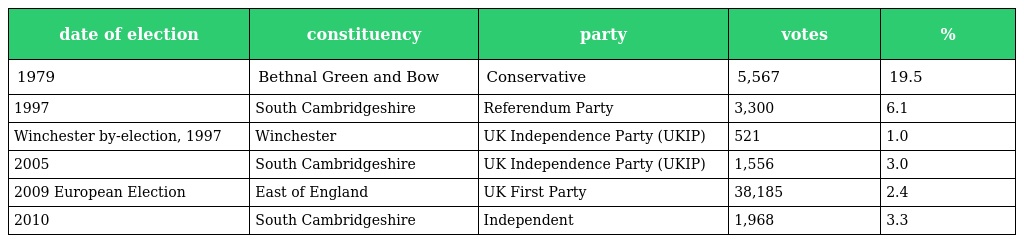
| date of election | constituency | party | votes | % |
 | --- | --- | --- | --- | --- |
 | 1979 | Bethnal Green and Bow | Conservative | 5,567 | 19.5 |
 | 1997 | South Cambridgeshire | Referendum Party | 3,300 | 6.1 |
 | Winchester by-election, 1997 | Winchester | UK Independence Party (UKIP) | 521 | 1.0 |
 | 2005 | South Cambridgeshire | UK Independence Party (UKIP) | 1,556 | 3.0 |
 | 2009 European Election | East of England | UK First Party | 38,185 | 2.4 |
 | 2010 | South Cambridgeshire | Independent | 1,968 | 3.3 |